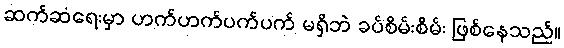
ဆက်ဆံရေးမှာ ဟက်ဟက်ပက်ပက် မရှိဘဲ ခပ်စိမ်းစိမ်း ဖြစ်နေသည်။